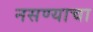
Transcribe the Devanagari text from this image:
नसण्याचा